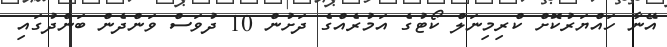
އޭނާ ހައްޔަރުކޮށް ކްރިމިނަލް ކޯޓުގެ އަމުރެއްގެ ދަށުން 10 ދުވަސް ވަންދެން ބަންދުގައި